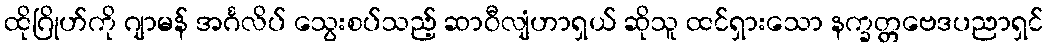
ထိုဂြိုဟ်ကို ဂျာမန် အင်္ဂလိပ် သွေးစပ်သည့် ဆာဝီလျံဟာရှယ် ဆိုသူ ထင်ရှားသော နက္ခတ္တဗေဒပညာရှင်